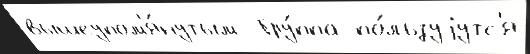
вышеупом'я́нутым  Гру́ппа по́льзуjутс'я